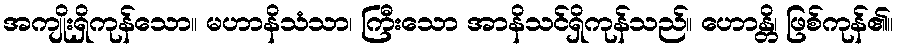
အကျိုးရှိကုန်သော။ မဟာနိသံသာ၊ ကြီးသော အာနိသင်ရှိကုန်သည်။ ဟောန္တိ၊ ဖြစ်ကုန်၏။